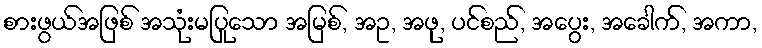
စားဖွယ်အဖြစ် အသုံးမပြုသော အမြစ်, အဥ, အဖု, ပင်စည်, အပွေး, အခေါက်, အကာ,